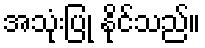
အသုံးပြု နိုင်သည်။